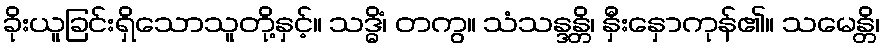
ခိုးယူခြင်းရှိသောသူတို့နှင့်။ သဒ္ဓိံ၊ တကွ။ သံသန္ဒန္တိ၊ နှီးနှောကုန်၏။ သမေန္တိ၊